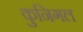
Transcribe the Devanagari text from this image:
कुनिगल